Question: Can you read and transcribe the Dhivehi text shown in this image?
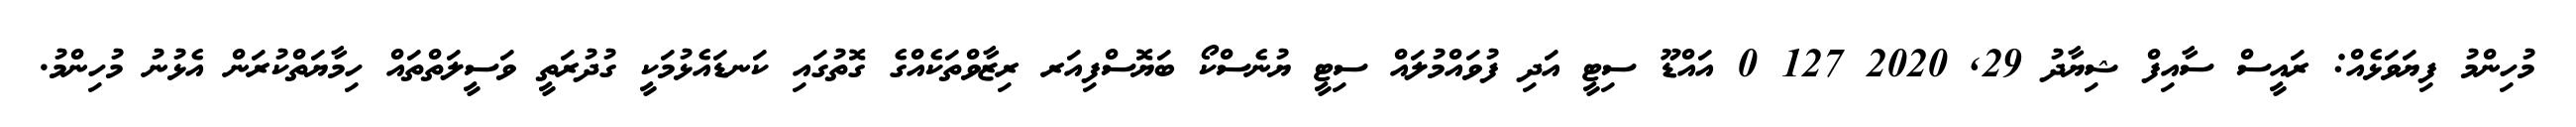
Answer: މުހިންމު ފިޔަވަޅެއް: ރައީސް ސާއިފް ޝިޔާދު 29, 2020 127 0 އައްޑޫ ސިޓީ އަދި ފުވައްމުލައް ސިޓީ ޔުނެސްކޯ ބަޔޮސްފިއަރ ރިޒާވްތަކެއްގެ ގޮތުގައި ކަނޑައެޅުމަކީ ގުދުރަތީ ވަސީލަތްތައް ހިމާޔަތްކުރަން އެޅުނު މުހިންމު.